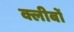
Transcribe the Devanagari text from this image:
क्लीबों